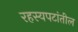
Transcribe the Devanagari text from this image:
रहस्यपटांतील